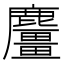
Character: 麠